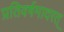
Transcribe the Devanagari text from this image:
प्रतिवर्षमादरत्